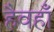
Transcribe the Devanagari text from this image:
हैवहाँ